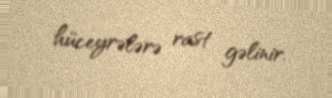
hüceyrələrə rast gəlinir.